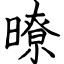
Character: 暸